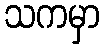
သကမှာ